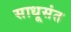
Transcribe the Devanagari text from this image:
साधूसंत